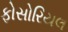
ફોસોરિયલ